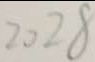
2 0 2 8